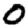
Digit: 0